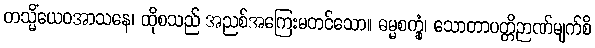
တသ္မိံယေဝအာသနေ၊ ထိုစသည် အညစ်အကြေးမတင်သော။ ဓမ္မစက္ခုံ၊ သောတာပတ္တိဉာဏ်မျက်စိ